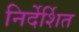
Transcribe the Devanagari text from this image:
निर्देर्शित